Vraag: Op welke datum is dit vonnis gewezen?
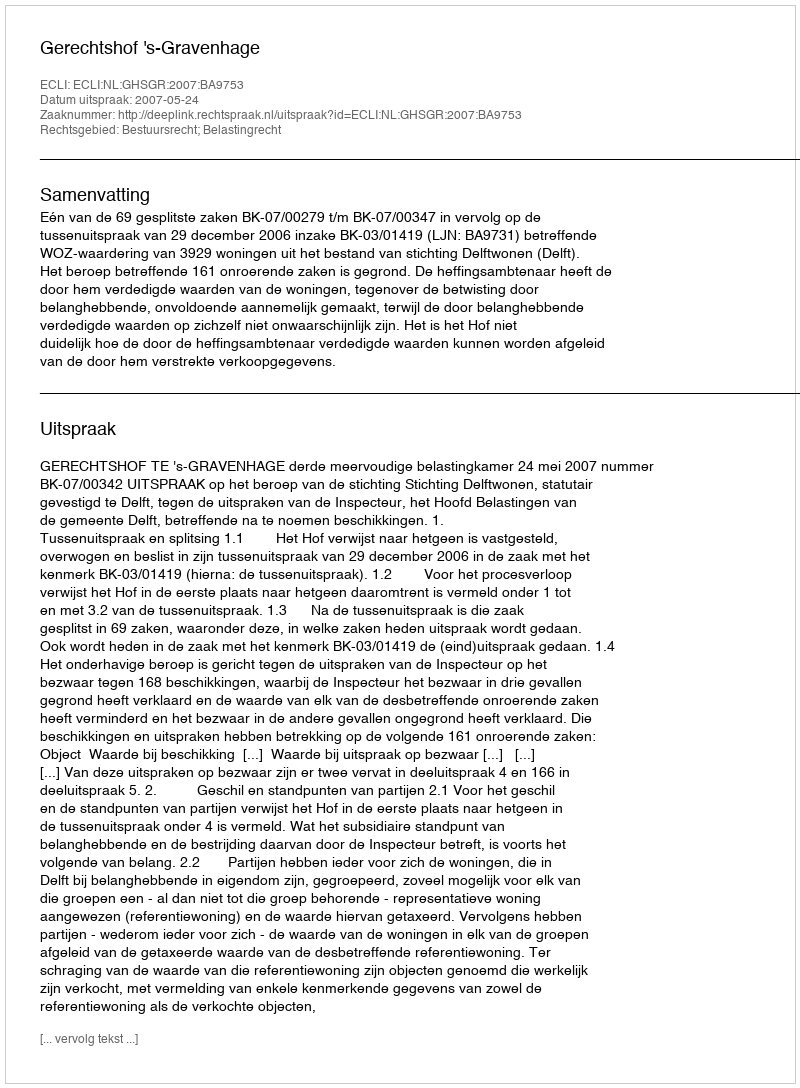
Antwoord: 2007-05-24